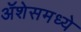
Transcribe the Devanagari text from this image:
ॲशेसमध्ये